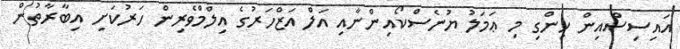
އައިސިސްއިން ހިންގި މި ޢަމަލު ޔުނެސްކޯއިންނާއި އަލް އަޒްހަރުގެ އިލްމްވެރިން ހަރުކަށި އިބާރާތުން